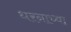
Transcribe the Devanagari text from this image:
धरनाच्या